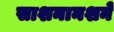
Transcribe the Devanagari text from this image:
साशनानशने